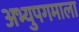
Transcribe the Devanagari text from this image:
अभ्युपगमाला